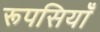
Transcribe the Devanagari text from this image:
रूपसियाँ